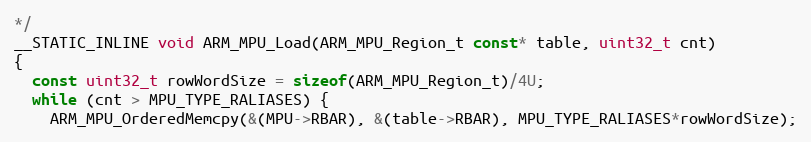
Language: C
*/
__STATIC_INLINE void ARM_MPU_Load(ARM_MPU_Region_t const* table, uint32_t cnt)
{
  const uint32_t rowWordSize = sizeof(ARM_MPU_Region_t)/4U;
  while (cnt > MPU_TYPE_RALIASES) {
    ARM_MPU_OrderedMemcpy(&(MPU->RBAR), &(table->RBAR), MPU_TYPE_RALIASES*rowWordSize);